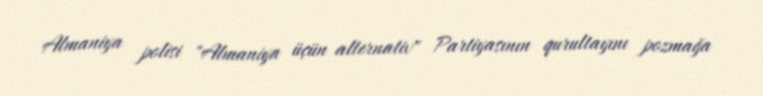
Almaniya polisi "Almaniya üçün alternativ" Partiyasının qurultayını pozmağa